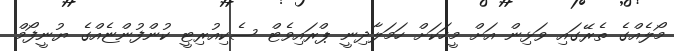
މޯލެއްގެ ތެރޭގައި ވަޅިން އަށް މީހަކަށް ހަމަލާދިނީ ޕްރައިވެޓް ސެކިއުރިޓީ ކުންފުންޏެއްގެ ޔުނީފޯމް